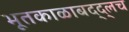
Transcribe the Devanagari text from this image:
भूतकाळाबद्द्लच